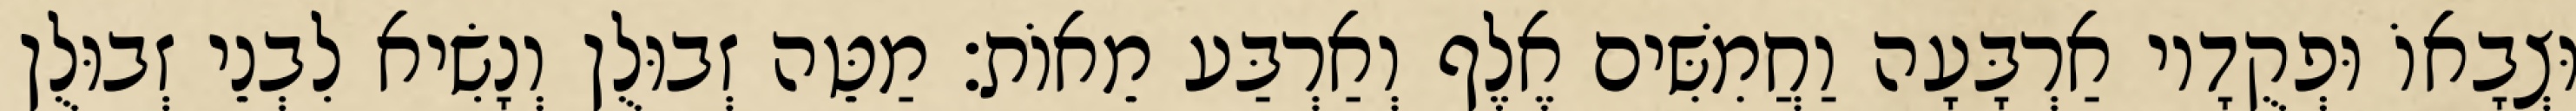
וּצְבָאוֹ וּפְקֻדָיו אַרְבָּעָה וַחֲמִשִּׁים אֶלֶף וְאַרְבַּע מֵאוֹת׃ מַטֵּה זְבוּלֻן וְנָשִׂיא לִבְנֵי זְבוּלֻן